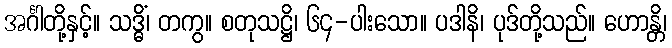
အင်္ဂါတို့နှင့်။ သဒ္ဓိံ၊ တကွ။ စတုသဋ္ဌိ၊ ၆၄-ပါးသော။ ပဒါနိ၊ ပုဒ်တို့သည်။ ဟောန္တိ၊